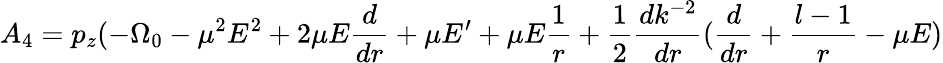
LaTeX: A_{4}=p_{z}(-\Omega_{0}-\mu^{2}E^{2}+2\mu E\frac{d}{dr}+\mu E^{\prime}+\mu E\frac{1}{r}+\frac{1}{2}\frac{dk^{-2}}{dr}(\frac{d}{dr}+\frac{l-1}{r}-\mu E)